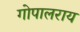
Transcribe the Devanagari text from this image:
गोपालराय